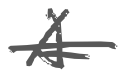
Text: A
Cross-out: single-line
Writing tool: digital_gray